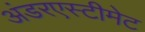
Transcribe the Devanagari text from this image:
अंडरएस्टीमेट